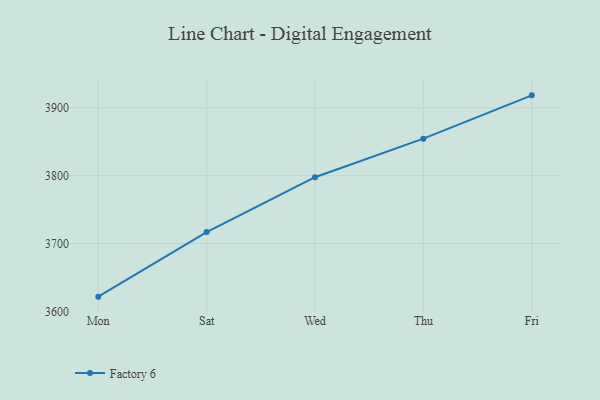
{"axis": {"x": "Day", "y": "Budget (USD K)"}, "legend": ["Factory 6"], "data": [{"x": "Mon", "y": 3621.8, "type": "Factory 6"}, {"x": "Sat", "y": 3716.9, "type": "Factory 6"}, {"x": "Wed", "y": 3797.7, "type": "Factory 6"}, {"x": "Thu", "y": 3854.4, "type": "Factory 6"}, {"x": "Fri", "y": 3918.2, "type": "Factory 6"}]}